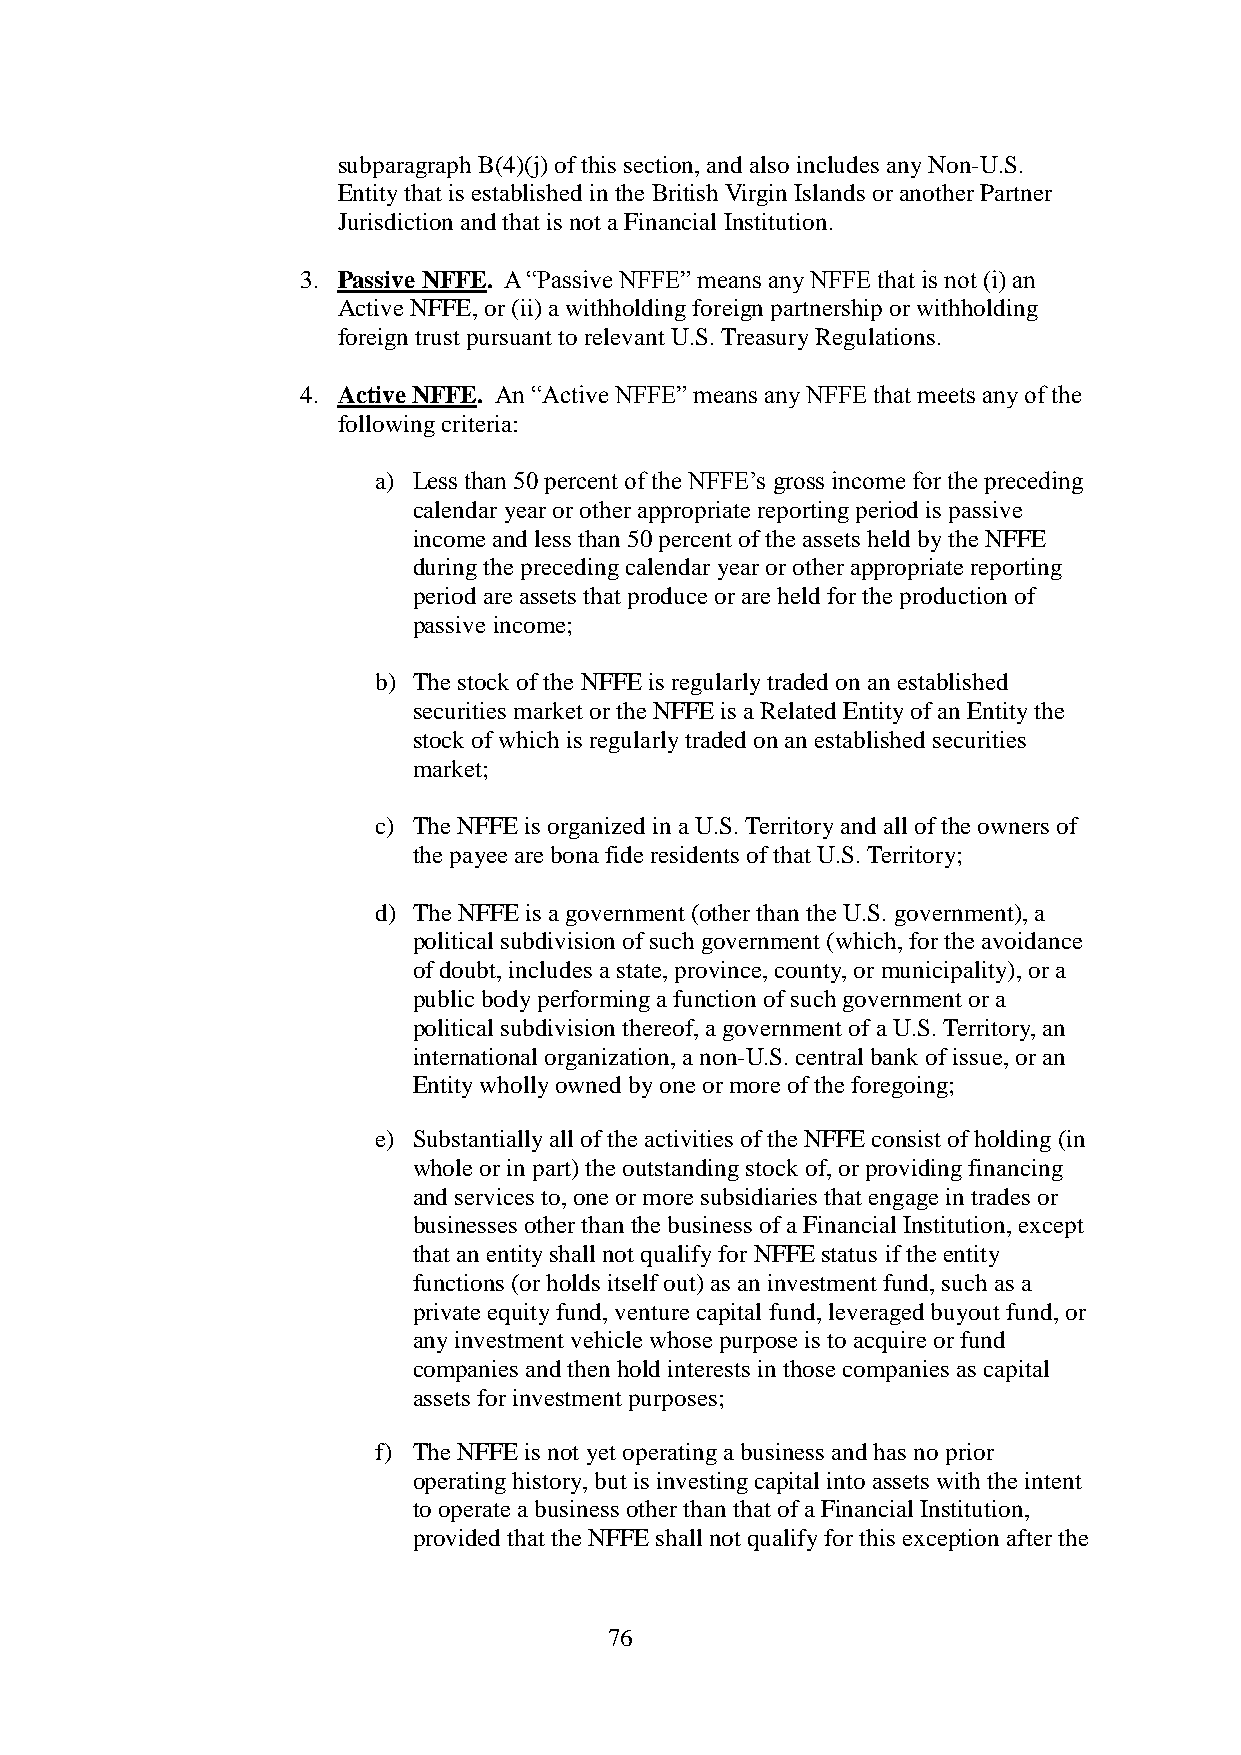
subparagraph B(4)(j) of this section, and also includes any Non-U.S.
 Entity that is established in the British Virgin Islands or another Partner
 Jurisdiction and that is not a Financial Institution.
 3. Passive NFFE. A “Passive NFFE” means any NFFE that is not (i) an
 Active NFFE, or (ii) a withholding foreign partnership or withholding
 foreign trust pursuant to relevant U.S. Treasury Regulations.
 4. Active NFFE. An “Active NFFE” means any NFFE that meets any of the
 following criteria:
 a) Less than 50 percent of the NFFE’s gross income for the preceding
 calendar year or other appropriate reporting period is passive
 income and less than 50 percent of the assets held by the NFFE
 during the preceding calendar year or other appropriate reporting
 period are assets that produce or are held for the production of
 passive income;
 b) The stock of the NFFE is regularly traded on an established
 securities market or the NFFE is a Related Entity of an Entity the
 stock of which is regularly traded on an established securities
 market;
 c) The NFFE is organized in a U.S. Territory and all of the owners of
 the payee are bona fide residents of that U.S. Territory;
 d) The NFFE is a government (other than the U.S. government), a
 political subdivision of such government (which, for the avoidance
 of doubt, includes a state, province, county, or municipality), or a
 public body performing a function of such government or a
 political subdivision thereof, a government of a U.S. Territory, an
 international organization, a non-U.S. central bank of issue, or an
 Entity wholly owned by one or more of the foregoing;
 e) Substantially all of the activities of the NFFE consist of holding (in
 whole or in part) the outstanding stock of, or providing financing
 and services to, one or more subsidiaries that engage in trades or
 businesses other than the business of a Financial Institution, except
 that an entity shall not qualify for NFFE status if the entity
 functions (or holds itself out) as an investment fund, such as a
 private equity fund, venture capital fund, leveraged buyout fund, or
 any investment vehicle whose purpose is to acquire or fund
 companies and then hold interests in those companies as capital
 assets for investment purposes;
 f) The NFFE is not yet operating a business and has no prior
 operating history, but is investing capital into assets with the intent
 to operate a business other than that of a Financial Institution,
 provided that the NFFE shall not qualify for this exception after the
 76